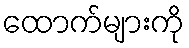
ထောက်များကို